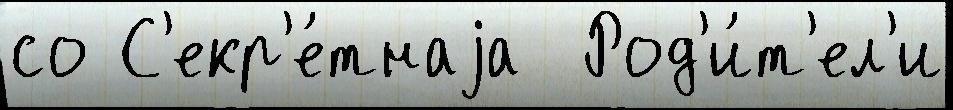
со С'екр'е́тнаjа  Род'и́т'ел'и